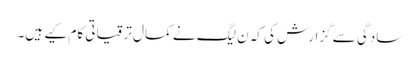
سادگی سے گزارش کی کہ ن لیگ نے کمال ترقیاتی کام کیے ہیں۔